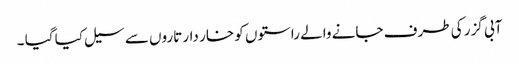
آبی گزر کی طرف جانے والے راستوں کو خار دار تاروں سے سیل کیا گیا ۔